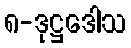
၈-ဒုဋ္ဌဒေါသ